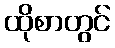
ထိုစာတွင်